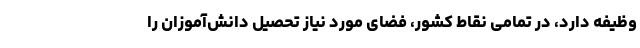
وظیفه دارد، در تمامی نقاط کشور، فضای مورد نیاز تحصیل دانش‌آموزان را